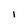
Character: 1